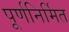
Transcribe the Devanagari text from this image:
पूर्णनिर्मित